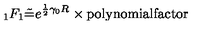
_ 1 F _ { 1 } \tilde { = } e ^ { \frac 1 2 \gamma _ { 0 } R } \times \mathrm { p o l y n o m i a l f a c t o r }